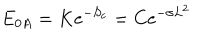
LaTeX: E _ { 0 A } = K \mathrm { e } ^ { - S _ { c } } = C \mathrm { e } ^ { - \sigma L ^ { 2 } }